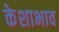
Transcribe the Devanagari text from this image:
केशाभाव